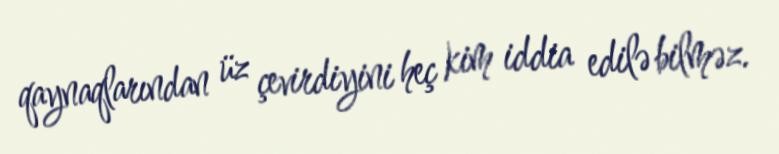
qaynaqlarından üz çevirdiyini heç kim iddia edilə bilməz.